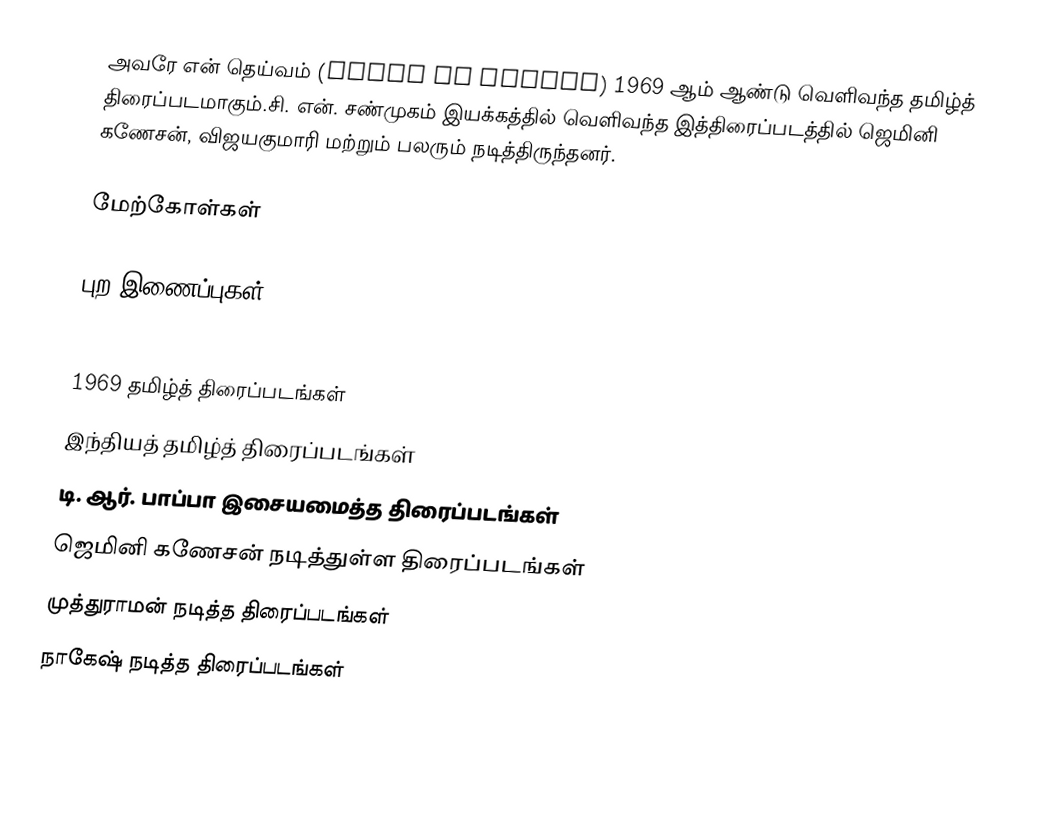
அவரே என் தெய்வம் (Avare En Deivam) 1969 ஆம் ஆண்டு வெளிவந்த தமிழ்த் திரைப்படமாகும்.சி. என். சண்முகம் இயக்கத்தில் வெளிவந்த இத்திரைப்படத்தில் ஜெமினி கணேசன், விஜயகுமாரி மற்றும் பலரும் நடித்திருந்தனர்.

மேற்கோள்கள்

புற இணைப்புகள்

1969 தமிழ்த் திரைப்படங்கள்
இந்தியத் தமிழ்த் திரைப்படங்கள்
டி. ஆர். பாப்பா இசையமைத்த திரைப்படங்கள்
ஜெமினி கணேசன் நடித்துள்ள திரைப்படங்கள்
முத்துராமன் நடித்த திரைப்படங்கள்
நாகேஷ் நடித்த திரைப்படங்கள்